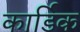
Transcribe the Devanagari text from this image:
कार्डिक